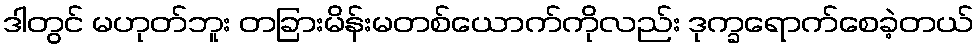
ဒါတွင် မဟုတ်ဘူး တခြားမိန်းမတစ်ယောက်ကိုလည်း ဒုက္ခရောက်စေခဲ့တယ်